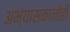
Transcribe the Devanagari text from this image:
अभ्यासकानीही